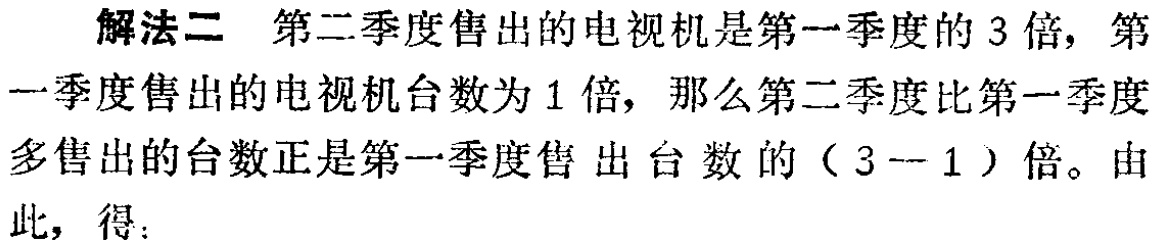
解法二 第二季度售出的电视机是第一季度的 3 倍，第一季度售出的电视机台数为 1 倍，那么第二季度比第一季度多售出的台数正是第一季度售出台数的（3--1）倍。由此，得：